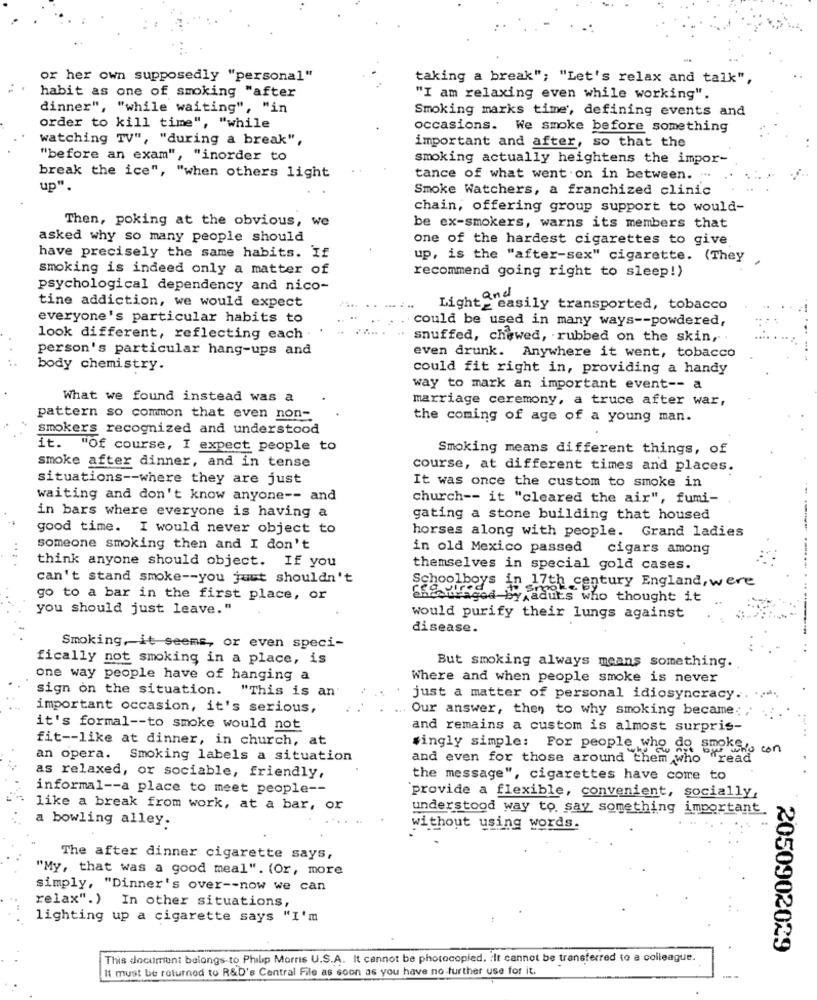
or her own supposedly "personal"
taking a break"; "Let's relax and talk",
habit as one of smoking "after
"I am relaxing even while working".
dinner", "while waiting", "in
Smoking marks time, defining events and
order to kill time", "while
occasions. We smoke before something
watching TV", "during a break",
important and after, so that the
"before an exam", "inorder to
smoking actually heightens the impor-
break the ice", "when others light
tance of what went on in between. ...
up"
Smoke Watchers, a franchized clinic
chain, offering group support to would-
Then, poking at the obvious, we
be ex-smokers, warns its members that
asked why so many people should
one of the hardest cigarettes to give
have precisely the same habits. If
up, is the "after-sex" cigarette. (They
smoking is indeed only a matter of
recommend going right to sleep!)
psychological dependency and nico-
tine addiction, we would expect
Light_ easily transported, tobacco
everyone's particular habits to
could be used in many ways -- powdered,
look different, reflecting each
snuffed, chewed, rubbed on the skin ,.
person's particular hang-ups and
even drunk. Anywhere it went, tobacco
body chemistry.
could fit right in, providing a handy
way to mark an important event -- a
What we found instead was a
marriage ceremony, a truce after war,
pattern so common that even non-
the coming of age of a young man.
smokers recognized and understood
it. "Of course, I expect people to
Smoking means different things, of
smoke after dinner, and in tense
course, at different times and places.
situations -- where they are just
It was once the custom to smoke in
waiting and don't know anyone -- and
church -- it "cleared the air", fumi-
in bars where everyone is having a
gating a stone building that housed
good time. I would never object to
horses along with people. Grand ladies
someone smoking then and I don't
in old Mexico passed
cigars among
... .
think anyone should object. If you
themselves in special gold cases.
can't stand smoke -- you juut shouldn't
Schoolboys in 17th century England, were
go to a bar in the first place, or
Sigortaged by aduts who thought it
you should just leave."
would purify their lungs against
disease.
Smoking, it seems, or even speci-
fically not smoking in a place, is
But smoking always means something.
one way people have of hanging a
Where and when people smoke is never
sign on the situation. "This is an'
just a matter of personal idiosyncracy .. .....
important occasion, it's serious,
Our answer, then to why smoking became:
it's formal -- to smoke would not
and remains a custom is almost surpris-
fit -- like at dinner, in church, at
#ingly simple: For people who do smoke,
an opera. Smoking labels a situation
and even for those around them who
"read
as relaxed, or sociable, friendly,
the message", cigarettes have come to
informal -- a place to meet people --
provide a flexible, convenient, socially,
like a break from work, at a bar, or
understood way to say something important
a bowling alley.
without using words.
The after dinner cigarette says,
"My, that was a good meal". (Or, more
simply, "Dinner's over -- now we can
relax".) In other situations,
lighting up a cigarette says "I'm
2050902029
This document belongs to Philip Morris U.S.A. It cannot be photocopied. : It cannot be transferred to a colleague.
It must be returned to R&D's Central File as soon as you have no further use for it.